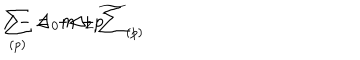
\sum _ { ( p ) } = - \Delta _ { 2 } p \hspace { - 0 . 2 c m } / - \Delta _ { 0 } m + \widetilde { \sum } _ { ( p ) }